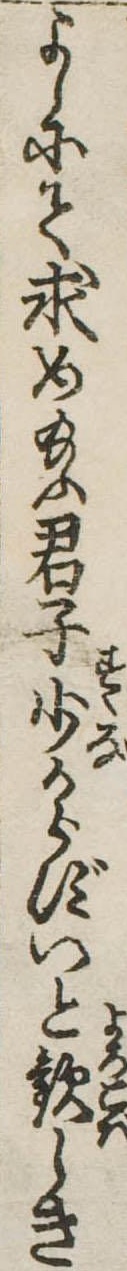
よしにて求め給ふ君子少からずいと歓しき